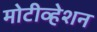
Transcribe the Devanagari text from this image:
मोटीव्हेशन